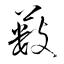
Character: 藪